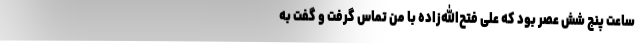
ساعت پنج شش عصر بود که علی فتح‌الله‌زاده با من تماس گرفت و گفت به